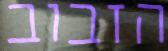
הזבוב